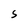
Character: S